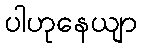
ပါဟုနေယျာ